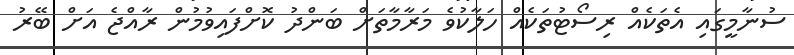
ސުނާމީގައި އެތަކެއް ރިސޯޓުތަކެއް ހަލާކުވެ މަރާމާތަށް ބަންދު ކޮށްފައިވުމުން ރާއްޖެ އަށް ބޭރު